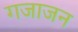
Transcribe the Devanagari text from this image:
गजाजन